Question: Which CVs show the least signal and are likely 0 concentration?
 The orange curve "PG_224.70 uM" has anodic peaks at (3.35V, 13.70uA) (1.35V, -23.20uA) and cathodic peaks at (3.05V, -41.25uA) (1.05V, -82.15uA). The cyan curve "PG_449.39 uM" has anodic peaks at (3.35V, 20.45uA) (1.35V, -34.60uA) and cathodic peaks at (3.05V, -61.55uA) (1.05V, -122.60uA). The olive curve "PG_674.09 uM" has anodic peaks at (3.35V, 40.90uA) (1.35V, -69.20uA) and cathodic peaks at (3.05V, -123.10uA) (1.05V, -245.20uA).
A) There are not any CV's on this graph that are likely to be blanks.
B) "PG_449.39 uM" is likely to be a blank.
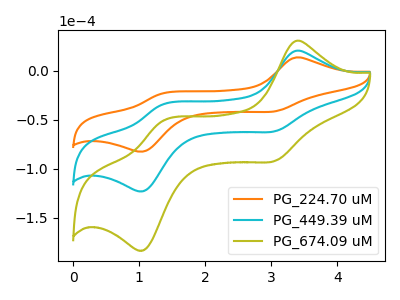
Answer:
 <answer>A) There are not any CV's on this graph that are likely to be blanks.</answer>
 <eval>A</eval>